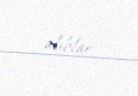
alıblar.